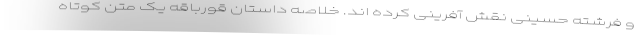
و فرشته حسینی نقش آفرینی کرده اند. خلاصه داستان قورباقه یک متن کوتاه